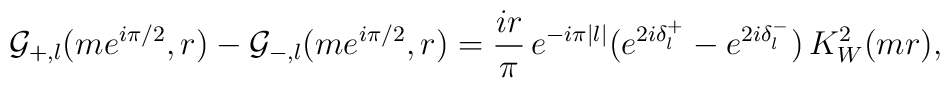
\mathcal{G}_{+,l}(me^{i\pi/2}, r) - \mathcal{G}_{-,l}(me^{i\pi/2},r)  = \frac{ir}{\pi} \, e^{-i\pi|l|}  (e^{2i\delta^{+}_l} - e^{2i\delta^{-}_l}) \, K^2_W(mr),